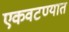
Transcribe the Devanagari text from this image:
एकवटण्यात